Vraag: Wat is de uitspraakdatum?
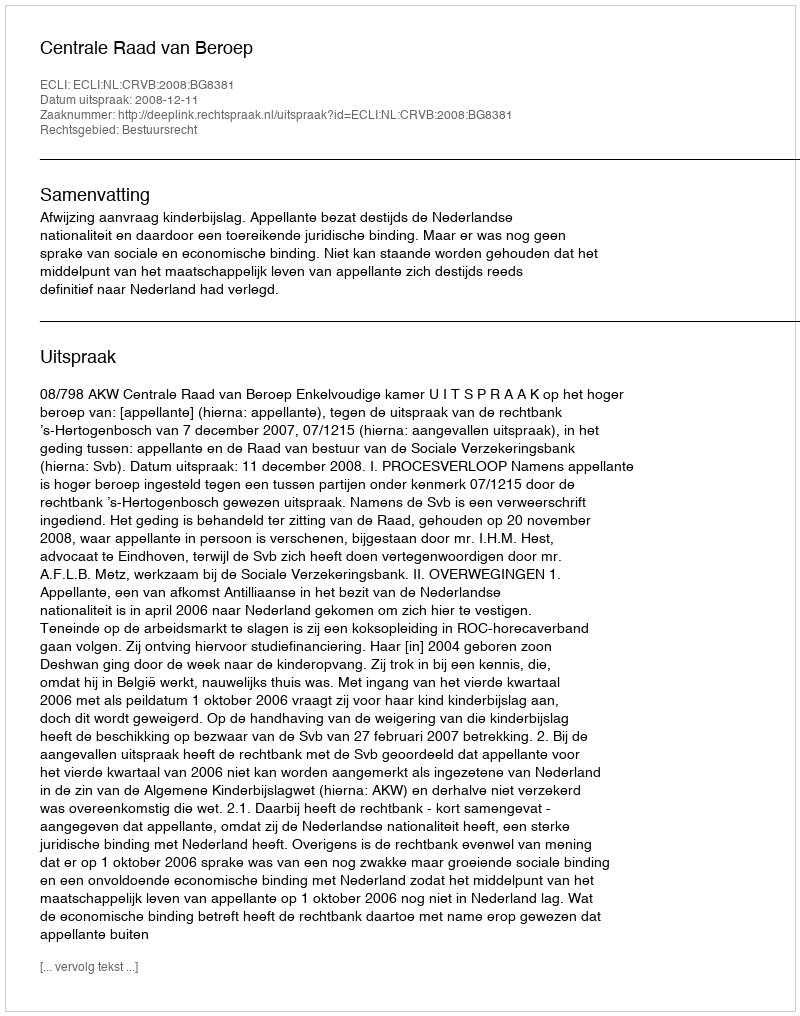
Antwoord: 2008-12-11